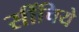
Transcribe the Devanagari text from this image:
सींचिये